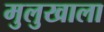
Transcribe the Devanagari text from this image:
मुलुखाला